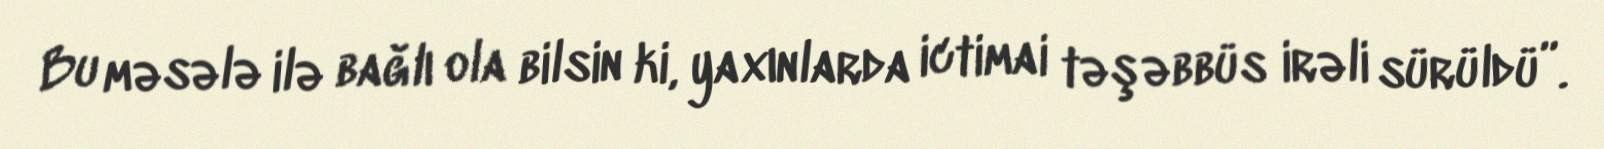
Bu məsələ ilə bağlı ola bilsin ki, yaxınlarda ictimai təşəbbüs irəli sürüldü”.